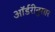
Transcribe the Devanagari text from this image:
ऑर्डरीनुसार